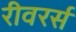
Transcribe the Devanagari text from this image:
रीवरर्स